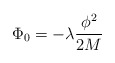
\begin{align*}\Phi_0=-\lambda\frac{\phi^2}{2M}\end{align*}